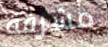
مشرفة